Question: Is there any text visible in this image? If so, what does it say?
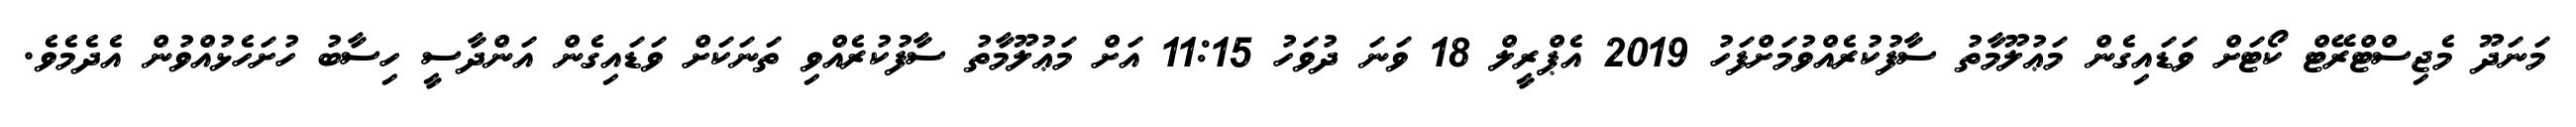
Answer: މަނަދޫ މެޖިސްޓްރޭޓް ކޯޓަށް ވަޑައިގެން މަޢުލޫމާތު ސާފުކުރެއްވުމަށްފަހު 2019 އެޕްރީލް 18 ވަނަ ދުވަހު 11:15 އަށް މަޢުލޫމާތު ސާފުކުރެއްވި ތަނަކަށް ވަޑައިގެން އަންދާސީ ހިސާބު ހުށަހެޅުއްވުން އެދެމެވެ.